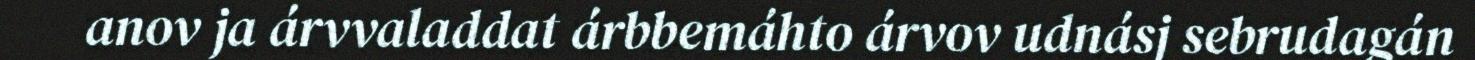
anov ja árvvaladdat árbbemáhto árvov udnásj sebrudagán